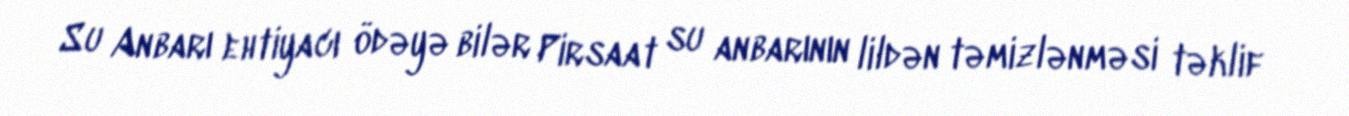
Su Anbarı ehtiyacı ödəyə bilər Pirsaat su anbarının lildən təmizlənməsi təklif